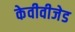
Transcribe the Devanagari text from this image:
केवीवीजेड